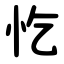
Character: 忔